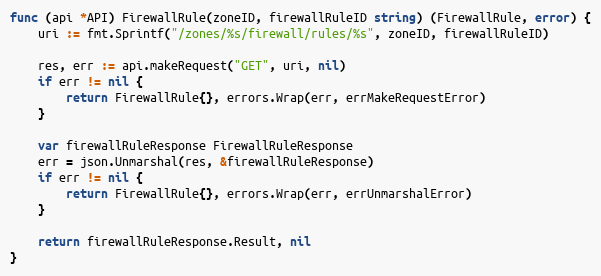
Language: Go
func (api *API) FirewallRule(zoneID, firewallRuleID string) (FirewallRule, error) {
	uri := fmt.Sprintf("/zones/%s/firewall/rules/%s", zoneID, firewallRuleID)

	res, err := api.makeRequest("GET", uri, nil)
	if err != nil {
		return FirewallRule{}, errors.Wrap(err, errMakeRequestError)
	}

	var firewallRuleResponse FirewallRuleResponse
	err = json.Unmarshal(res, &firewallRuleResponse)
	if err != nil {
		return FirewallRule{}, errors.Wrap(err, errUnmarshalError)
	}

	return firewallRuleResponse.Result, nil
}